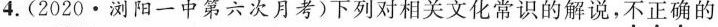
4.(2020·浏阳一中第六次月考）下列相关文化常识的解说，不正确的